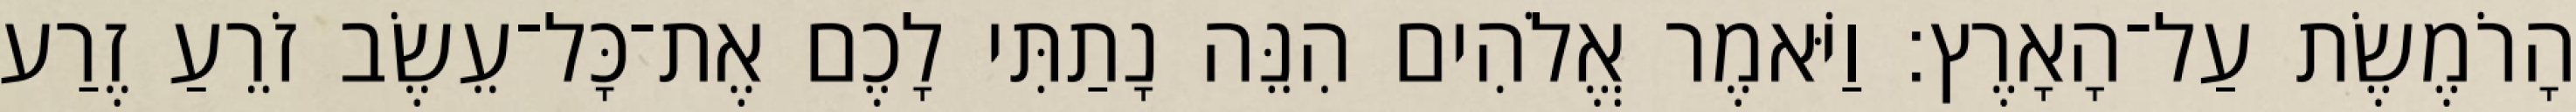
הָרֹמֶשֶׂת עַל־הָאָרֶץ׃ וַיֹּאמֶר אֱלֹהִים הִנֵּה נָתַתִּי לָכֶם אֶת־כָּל־עֵשֶׂב זֹרֵעַ זֶרַע